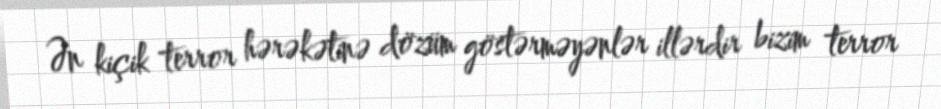
Ən kiçik terror hərəkətinə dözüm göstərməyənlər illərdir bizim terror